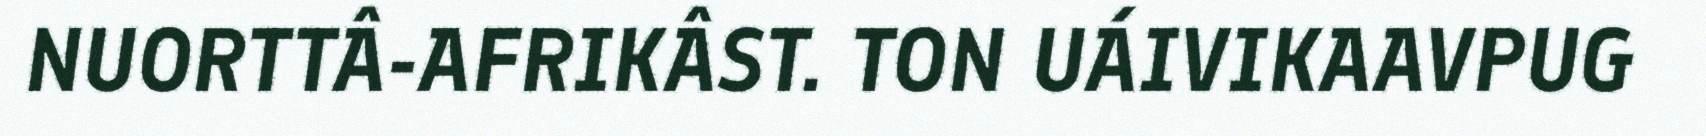
NUORTTÂ-AFRIKÂST. TON UÁIVIKAAVPUG